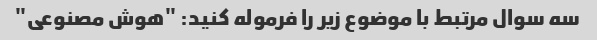
سه سوال مرتبط با موضوع زیر را فرموله کنید: "هوش مصنوعی"